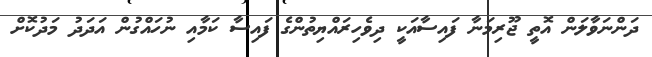
ދަންނަވާލަން އޮތީ ޖޫރިމަނާ ފައިސާއަކީ ދިވެހިރައްޔިތުންގެ ފައިސާ ކަމާއި ނުހައްގުން އަދަދު މަދުކޮށް